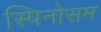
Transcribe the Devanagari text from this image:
स्पिनोसम